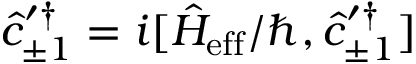
\hat { c } _ { \pm 1 } ^ { \prime \dagger } = i [ \hat { H } _ { \mathrm { e f f } } / \hbar , \hat { c } _ { \pm 1 } ^ { \prime \dagger } ]